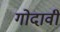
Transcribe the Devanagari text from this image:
गोदावी